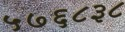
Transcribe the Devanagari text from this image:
५७६८३८